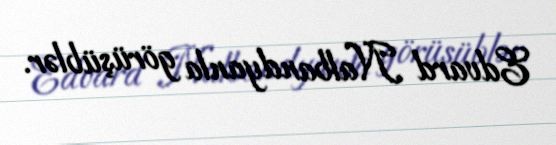
Edvard Nalbandyanla görüşüblər.